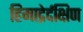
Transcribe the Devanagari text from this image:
हिमाद्रेर्दक्षिण